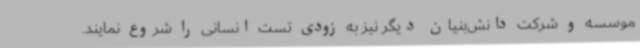
موسسه و شرکت دانش‌بنیان دیگر نیز به زودی تست انسانی را شروع نمایند.